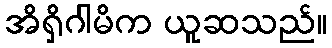
အိရှိဂါမိက ယူဆသည်။